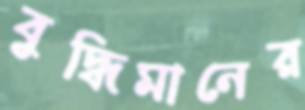
বুদ্ধিমানের